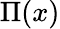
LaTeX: \Pi(x)